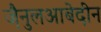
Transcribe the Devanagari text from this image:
जै़नुलआबेदीन